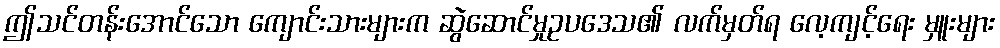
ဤသင်တန်းအောင်သော ကျောင်းသားများက ဆွဲဆောင်မှုဥပဒေသ၏ လက်မှတ်ရ လေ့ကျင့်ရေး မှူးများ